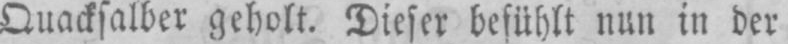
nun in der